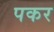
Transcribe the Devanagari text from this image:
पकर